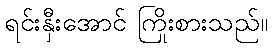
ရင်းနှီးအောင် ကြိုးစားသည်။